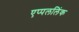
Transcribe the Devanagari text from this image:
एप्पललिंक